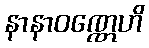
နာနာဝဏ္ဏေဟိ